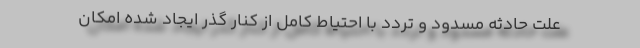
علت حادثه مسدود و تردد با احتیاط کامل از کنار گذر ایجاد شده امکان